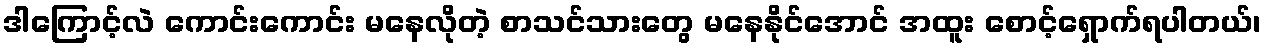
ဒါကြောင့်လဲ ကောင်းကောင်း မနေလိုတဲ့ စာသင်သားတွေ မနေနိုင်အောင် အထူး စောင့်ရှောက်ရပါတယ်၊